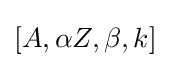
[A,\alpha Z,\beta ,k]